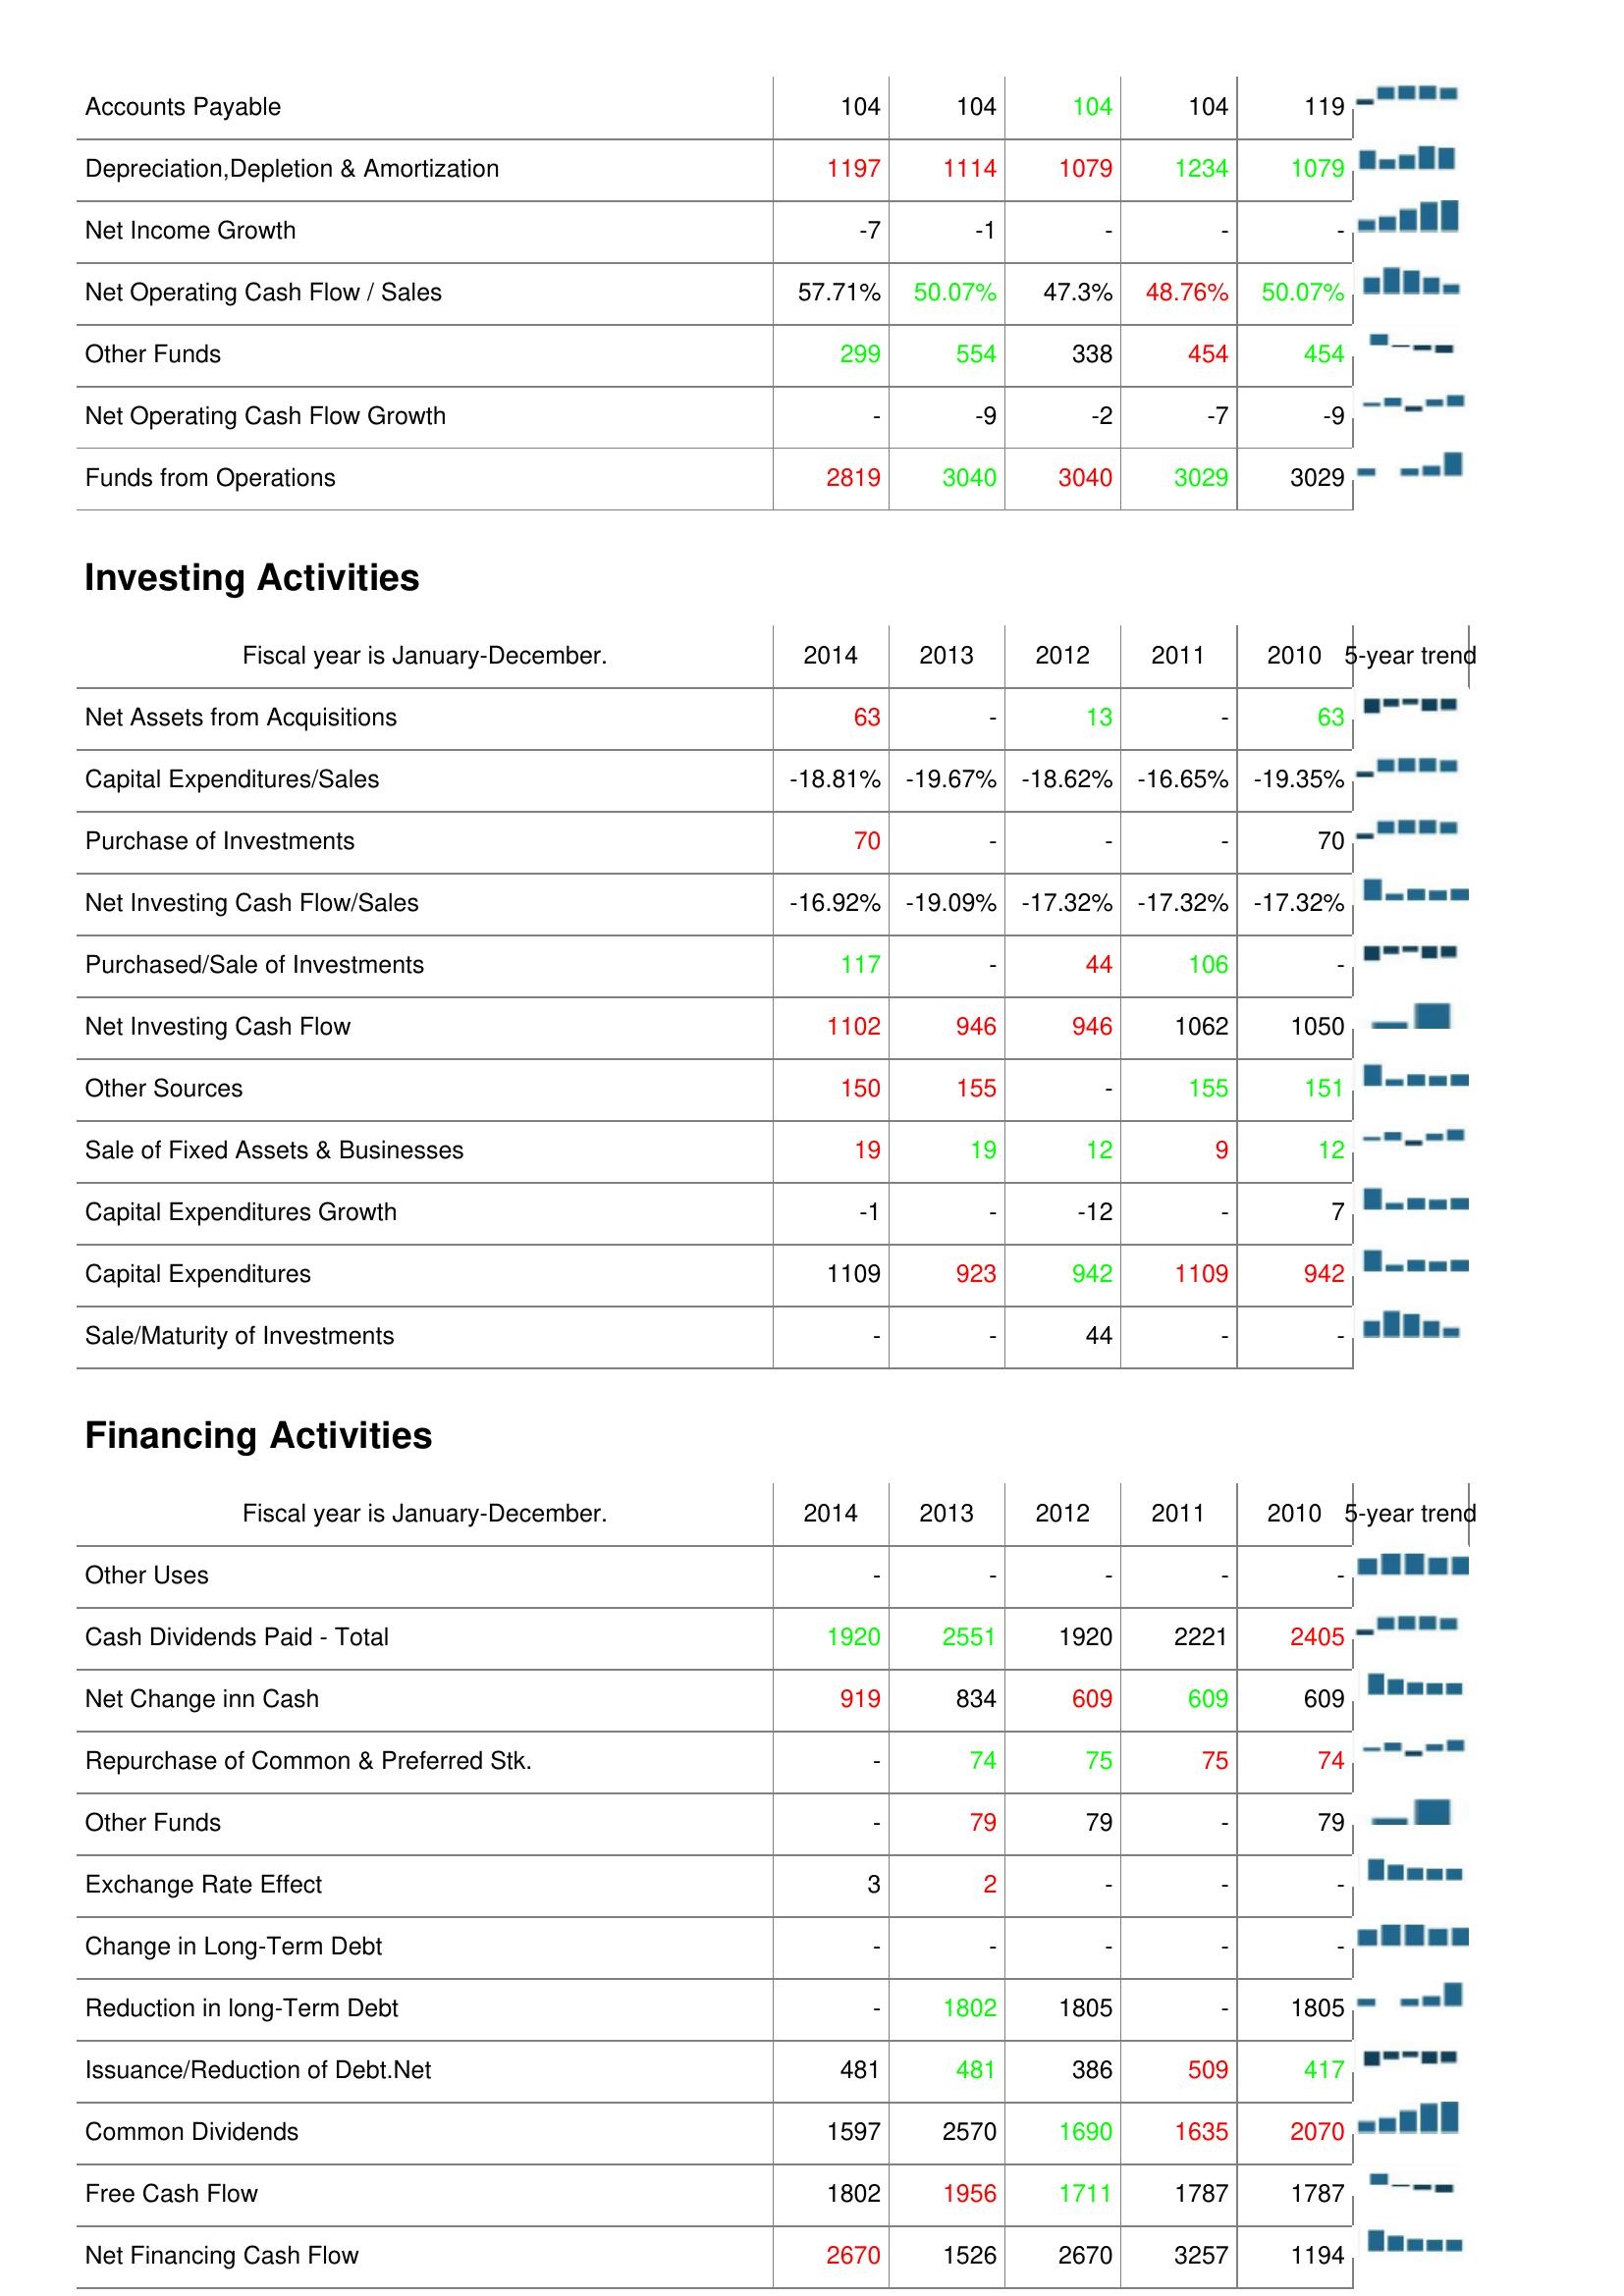
2014: Operating Activities: Accounts Payable: 104
Depreciation,Depletion & Amortization: 1197
Net Income Growth: -7
Net Operating Cash Flow / Sales: 57.71%
Other Funds: 299
Net Operating Cash Flow Growth: -
Funds from Operations: 2819
Investing Activities: Net Assets from Acquisitions: 63
Capital Expenditures/Sales: -18.81%
Purchase of Investments: 70
Net Investing Cash Flow/Sales: -16.92%
Purchased/Sale of Investments: 117
Net Investing Cash Flow: 1102
Other Sources: 150
Sale of Fixed Assets & Businesses: 19
Capital Expenditures Growth: -1
Capital Expenditures: 1109
Sale/Maturity of Investments: -
Financing Activities: Other Uses: -
Cash Dividends Paid - Total: 1920
Net Change inn Cash: 919
Repurchase of Common & Preferred Stk.: -
Other Funds: -
Exchange Rate Effect: 3
Change in Long-Term Debt: -
Reduction in long-Term Debt: -
Issuance/Reduction of Debt.Net: 481
Common Dividends: 1597
Free Cash Flow: 1802
Net Financing Cash Flow: 2670
2013: Operating Activities: Accounts Payable: 104
Depreciation,Depletion & Amortization: 1114
Net Income Growth: -1
Net Operating Cash Flow / Sales: 50.07%
Other Funds: 554
Net Operating Cash Flow Growth: -9
Funds from Operations: 3040
Investing Activities: Net Assets from Acquisitions: -
Capital Expenditures/Sales: -19.67%
Purchase of Investments: -
Net Investing Cash Flow/Sales: -19.09%
Purchased/Sale of Investments: -
Net Investing Cash Flow: 946
Other Sources: 155
Sale of Fixed Assets & Businesses: 19
Capital Expenditures Growth: -
Capital Expenditures: 923
Sale/Maturity of Investments: -
Financing Activities: Other Uses: -
Cash Dividends Paid - Total: 2551
Net Change inn Cash: 834
Repurchase of Common & Preferred Stk.: 74
Other Funds: 79
Exchange Rate Effect: 2
Change in Long-Term Debt: -
Reduction in long-Term Debt: 1802
Issuance/Reduction of Debt.Net: 481
Common Dividends: 2570
Free Cash Flow: 1956
Net Financing Cash Flow: 1526
2012: Operating Activities: Accounts Payable: 104
Depreciation,Depletion & Amortization: 1079
Net Income Growth: -
Net Operating Cash Flow / Sales: 47.3%
Other Funds: 338
Net Operating Cash Flow Growth: -2
Funds from Operations: 3040
Investing Activities: Net Assets from Acquisitions: 13
Capital Expenditures/Sales: -18.62%
Purchase of Investments: -
Net Investing Cash Flow/Sales: -17.32%
Purchased/Sale of Investments: 44
Net Investing Cash Flow: 946
Other Sources: -
Sale of Fixed Assets & Businesses: 12
Capital Expenditures Growth: -12
Capital Expenditures: 942
Sale/Maturity of Investments: 44
Financing Activities: Other Uses: -
Cash Dividends Paid - Total: 1920
Net Change inn Cash: 609
Repurchase of Common & Preferred Stk.: 75
Other Funds: 79
Exchange Rate Effect: -
Change in Long-Term Debt: -
Reduction in long-Term Debt: 1805
Issuance/Reduction of Debt.Net: 386
Common Dividends: 1690
Free Cash Flow: 1711
Net Financing Cash Flow: 2670
2011: Operating Activities: Accounts Payable: 104
Depreciation,Depletion & Amortization: 1234
Net Income Growth: -
Net Operating Cash Flow / Sales: 48.76%
Other Funds: 454
Net Operating Cash Flow Growth: -7
Funds from Operations: 3029
Investing Activities: Net Assets from Acquisitions: -
Capital Expenditures/Sales: -16.65%
Purchase of Investments: -
Net Investing Cash Flow/Sales: -17.32%
Purchased/Sale of Investments: 106
Net Investing Cash Flow: 1062
Other Sources: 155
Sale of Fixed Assets & Businesses: 9
Capital Expenditures Growth: -
Capital Expenditures: 1109
Sale/Maturity of Investments: -
Financing Activities: Other Uses: -
Cash Dividends Paid - Total: 2221
Net Change inn Cash: 609
Repurchase of Common & Preferred Stk.: 75
Other Funds: -
Exchange Rate Effect: -
Change in Long-Term Debt: -
Reduction in long-Term Debt: -
Issuance/Reduction of Debt.Net: 509
Common Dividends: 1635
Free Cash Flow: 1787
Net Financing Cash Flow: 3257
2010: Operating Activities: Accounts Payable: 119
Depreciation,Depletion & Amortization: 1079
Net Income Growth: -
Net Operating Cash Flow / Sales: 50.07%
Other Funds: 454
Net Operating Cash Flow Growth: -9
Funds from Operations: 3029
Investing Activities: Net Assets from Acquisitions: 63
Capital Expenditures/Sales: -19.35%
Purchase of Investments: 70
Net Investing Cash Flow/Sales: -17.32%
Purchased/Sale of Investments: -
Net Investing Cash Flow: 1050
Other Sources: 151
Sale of Fixed Assets & Businesses: 12
Capital Expenditures Growth: 7
Capital Expenditures: 942
Sale/Maturity of Investments: -
Financing Activities: Other Uses: -
Cash Dividends Paid - Total: 2405
Net Change inn Cash: 609
Repurchase of Common & Preferred Stk.: 74
Other Funds: 79
Exchange Rate Effect: -
Change in Long-Term Debt: -
Reduction in long-Term Debt: 1805
Issuance/Reduction of Debt.Net: 417
Common Dividends: 2070
Free Cash Flow: 1787
Net Financing Cash Flow: 1194